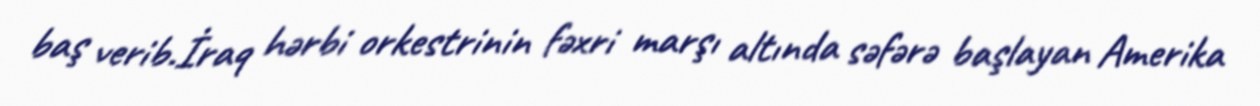
baş verib.İraq hərbi orkestrinin fəxri marşı altında səfərə başlayan Amerika